Civil Veterinary Dept. Bombay admin report 1932-41 - 1932-1941
Year: 1932
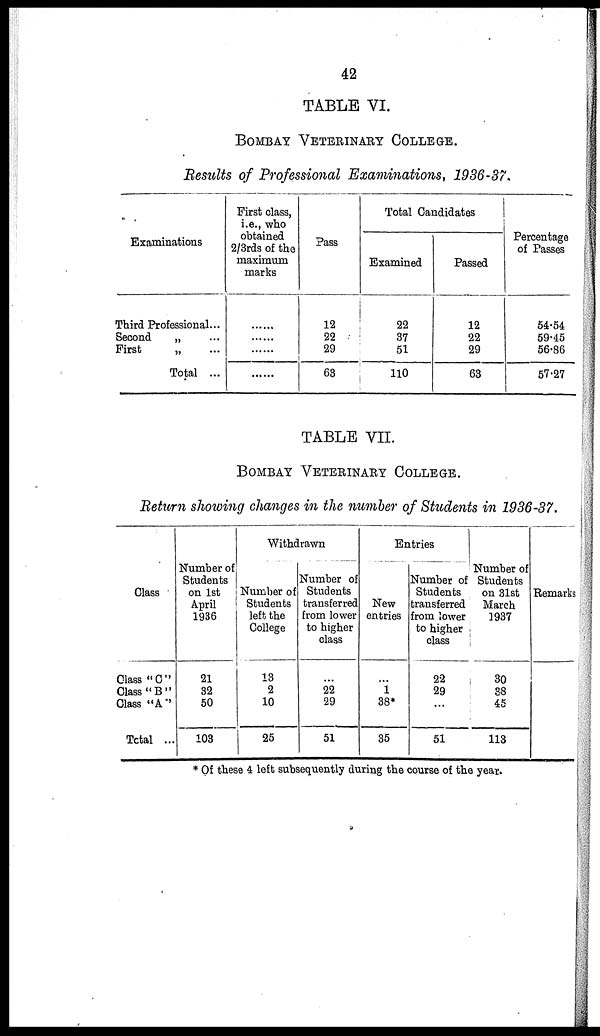
42
TABLE VI.
BOMBAY VETERINARY COLLEGE
Results of Professional Examinations, 1936-37.
Examinations
Third Professional...
Second
„ ...
First
„ ...
Total ...
First class,
i.e., who
obtained
2/3rds of the
maximum
marks
......
......
......
......
Pass
12
22
29
63
Total Candidates
Examined
22
37
51
110
Passed
12
22
29
63
Percentage
of Passes
54.54
59.45
56.86
57.27
TABLE VII.
BOMBAY VETERINARY COLLEGE
Return showing changes in the number of Students in 1936-37.
Class
Class "C"
Class "B"
Class "A"
Total ...
Number of
Students
on 1st
April
1936
21
32
50
103
Withdrawn
Number of
Students
left the
College
13
2
10
25
Number of
Students
transferred
from lower
to higher
class
...
22
29
51
Entries
New
entries
...
1
38
35
Number of
Students
transferred
from lower
to higher
class
22
29
...
51
Number of
Students
on 31st
March
1937
30
38
45
113
Remarks
* Of these 4 left subsequently during the course of the year.